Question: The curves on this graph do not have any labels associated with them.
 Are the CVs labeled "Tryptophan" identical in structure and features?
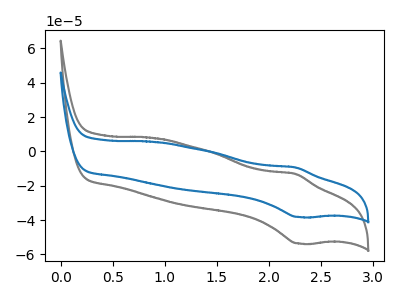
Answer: <think>The gray curve "gray" has an anodic peak at (2.25V, -13.05uA) and a cathodic peak at (2.30V, -53.60uA). The blue curve "blue" has an anodic peak at (2.25V, -9.30uA) and a cathodic peak at (2.30V, -38.20uA).
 All the peaks in "gray" have a peak in "blue" at the same potential.</think>
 <answer>All the CV's of "Tryptophan" have similar shape.</answer>
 <eval>follow_rule</eval>